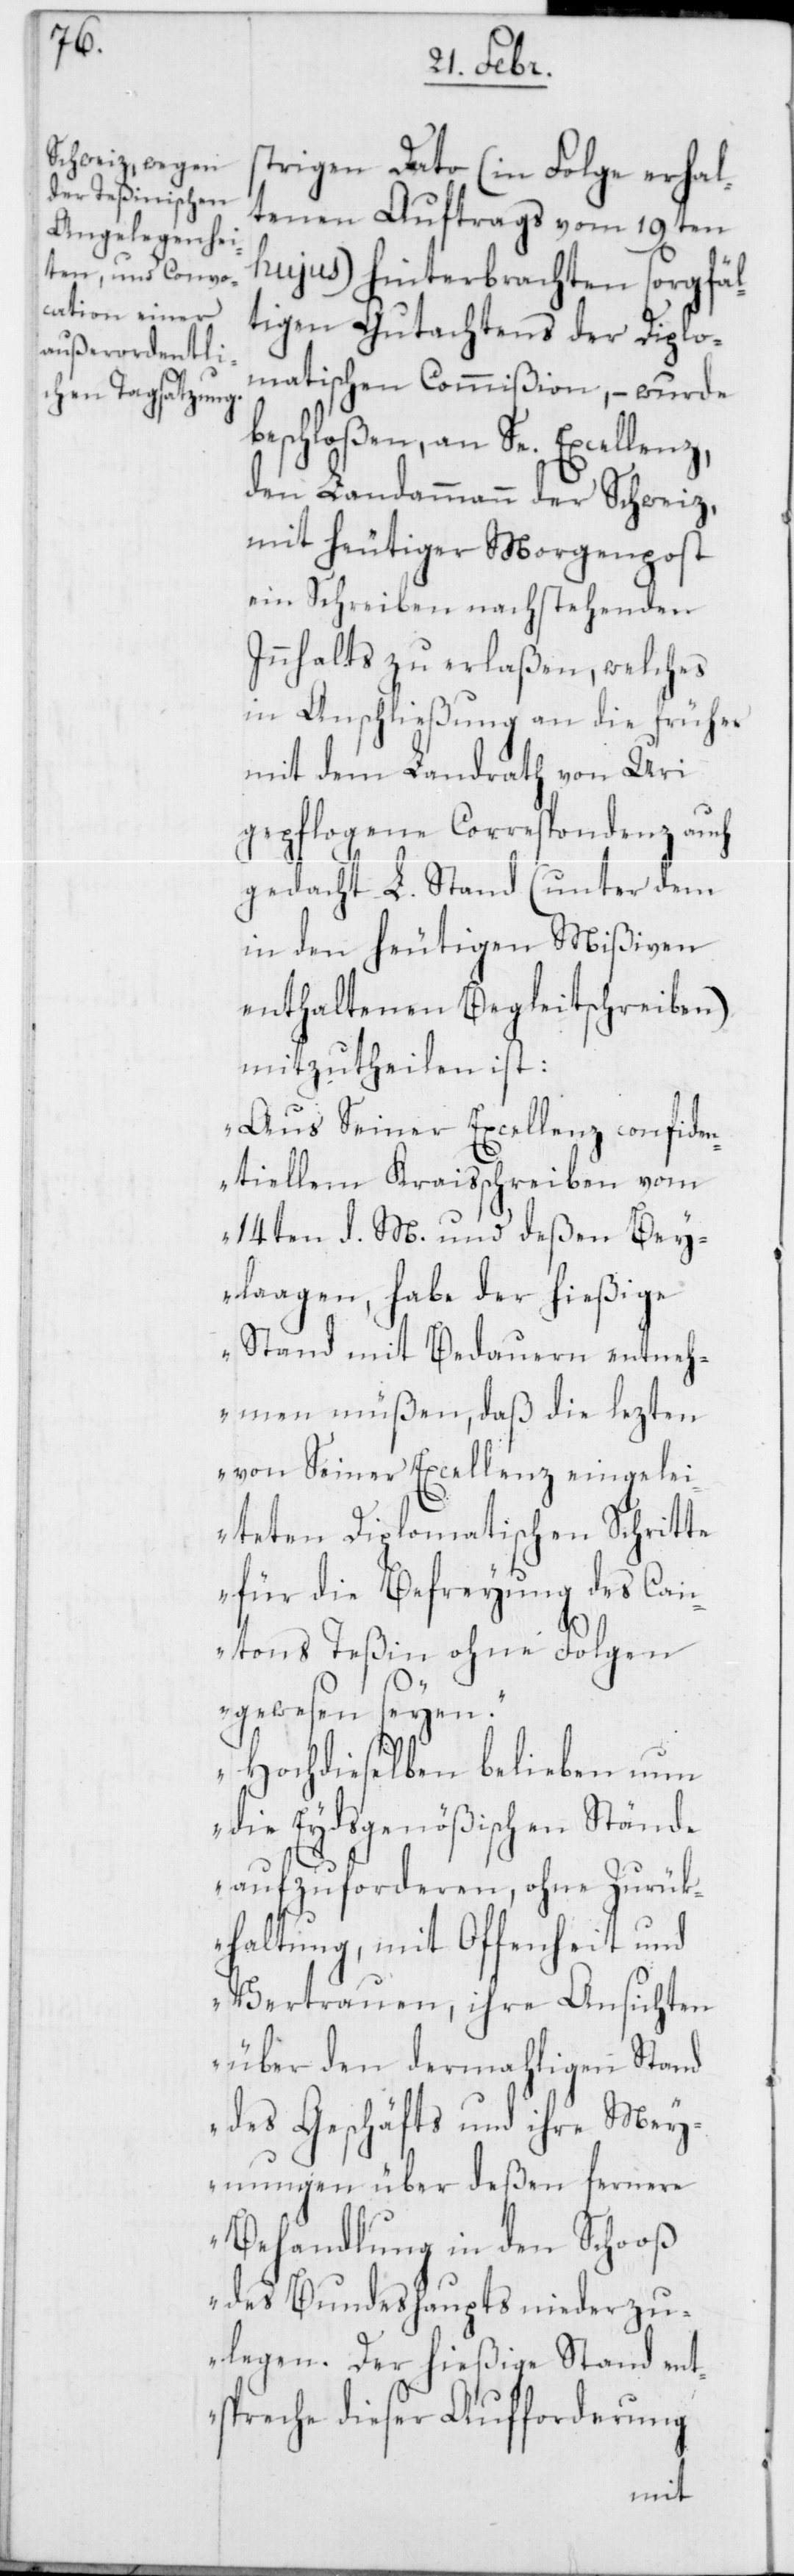
strigen Dato (in Folge erhal¬
tenen Auftrags vom 19ten
hujus) hinterbrachten sorgfäl¬
tigen Gutachtens der Diplo¬
matischen Commißion, – wurde
beschloßen, an Se. Excellenz,
den Landammann der Schweiz,
mit heutiger Morgenpost
ein Schreiben nachstehenden
Innhalts zu erlaßen, welches
in Anschließung an die früher
mit dem Landrath von Uri
gepflogene Correspondenz auch
gedacht L. Stand (unter dem
in den heutigen Mißiven
enthaltenen Begleitschreiben)
mitzutheilen ist:
„Aus Seiner Excellenz confiden¬
tiellem Kraisschreiben vom
14ten d. M. und deßen Bey¬
laagen, habe der hießige
Stand mit Bedauern entneh¬
men müßen, daß die lezten
von Seiner Excellenz eingelei¬
teten Diplomatischen Schritte
für die Befreyung des Can¬
tons Teßin ohne Folgen
gewesen seyen.
Hochdieselben belieben nun
die Eydsgenößischen Stände
aufzuforderen, ohne Zurük¬
haltung, mit Offenheit und
Vertrauen, ihre Ansichten
über den dermahligen Stand
des Geschäfts und ihre Mey¬
nungen über deßen fernere
Behandlung in den Schoos
des Bundeshaupts niederzu¬
legen. Der hießige Stand ent¬
spreche dieser Aufforderung